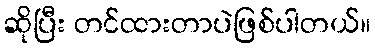
ဆိုပြီး တင်ထားတာပဲဖြစ်ပါတယ်။